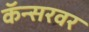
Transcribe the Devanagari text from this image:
कॅन्सरवर